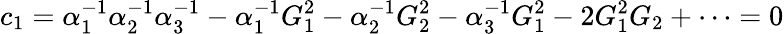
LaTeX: c_{1}=\alpha_{1}^{-1}\alpha_{2}^{-1}\alpha_{3}^{-1}-\alpha_{1}^{-1}G_{1}^{2}-\alpha_{2}^{-1}G_{2}^{2}-\alpha_{3}^{-1}G_{1}^{2}-2G_{1}^{2}G_{2}+\cdots=0